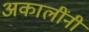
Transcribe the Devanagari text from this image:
अकालींनी